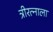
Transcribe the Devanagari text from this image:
त्रीरत्नाला